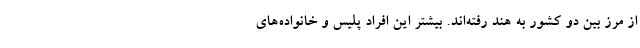
از مرز بین دو کشور به هند رفته‌اند. بیشتر این افراد پلیس و خانواده‌های